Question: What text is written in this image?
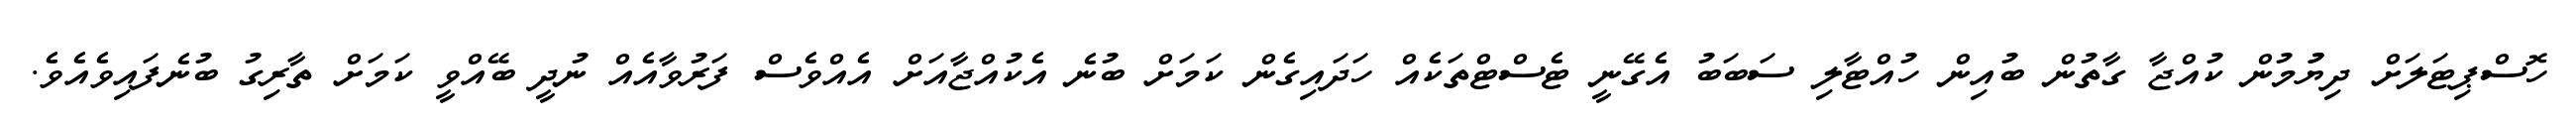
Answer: ހޮސްޕިޓަލަށް ދިޔުުމުން ކުއްޖާ ގާތުން ބުއިން ހުއްޓާލި ސަބަބު އެގޭނީ ޓެސްޓްތަކެއް ހަދައިގެން ކަމަށް ބުނެ އެކުއްޖާއަށް އެއްވެސް ފަރުވާއެއް ނުދީ ބޭއްވީ ކަމަށް ތާރިގު ބުނެފައިވެއެވެ.